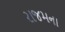
રાજમના